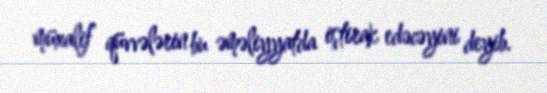
müxalif qüvvələrin bu əməliyyatda iştirak edəcəyini deyib.